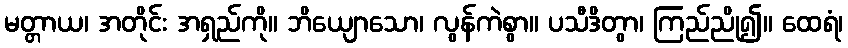
မတ္တာယ၊ အတိုင်း အရှည်ကို။ ဘိယျောသော၊ လွန်ကဲစွာ။ ပသီဒိတွာ၊ ကြည်ညို၍။ ထေရံ၊